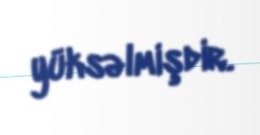
yüksəlmişdir.